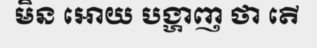
មិន អោយ បង្ហាញ ថា តើ